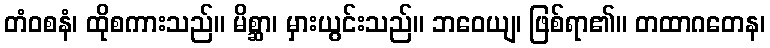
တံဝစနံ၊ ထိုစကားသည်။ မိစ္ဆာ၊ မှားယွင်းသည်။ ဘဝေယျ၊ ဖြစ်ရာ၏။ တထာဂတေန၊